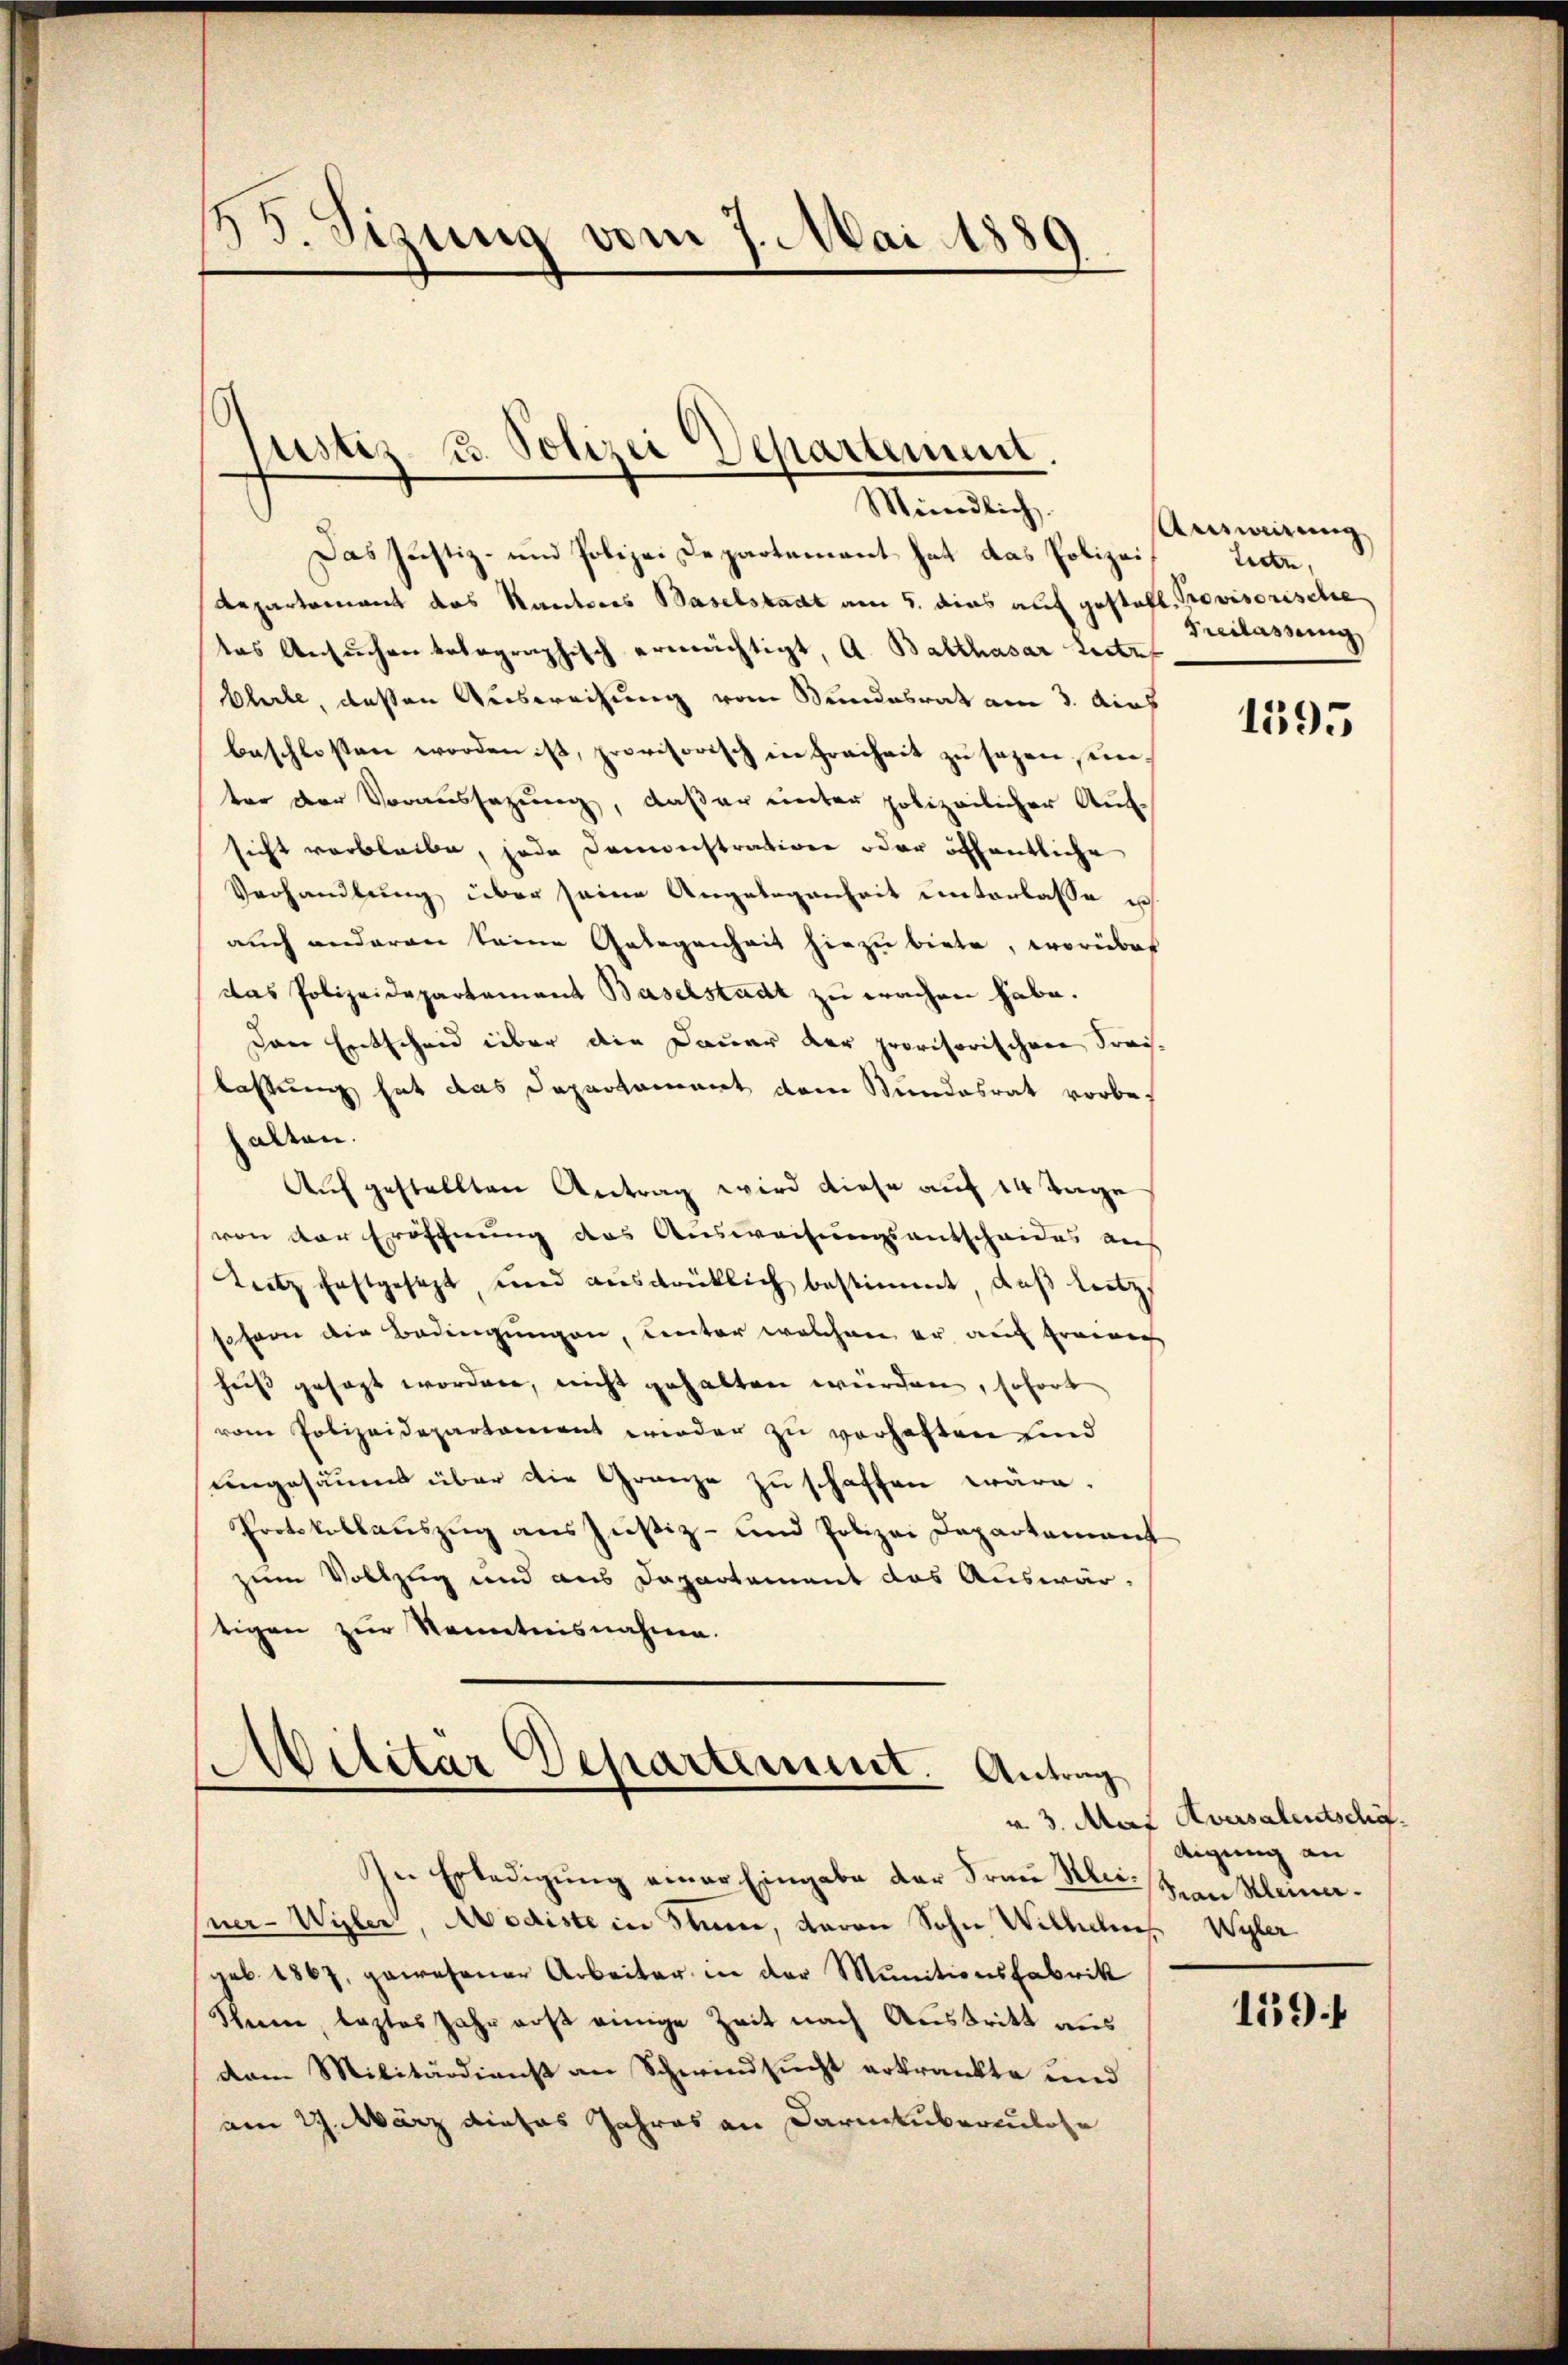
85. Sizung vom 7. Mai 1889

Justiz u. Polizei Departement.
Mündlich.

Das Justiz- und Polizei Departement hat das Polizei
Repartement das Kantores Baselstadt am 5. dies auf gestalt. Provisorische
das Ansuchen kolographisch ermächtigt, A. Balthasar Leite
Eherle, deßen Ausweisung vom Bundesrat am 3. dich
beschlossen worden ist, provisorisch in Freiheit zu sezen, unter der Voraussezung, daßer unter polizeilicher Auf-
sicht verbleibe, jede Doministratione oder öffentliche
Verhandlung über seine Angelegenheit unterlasse ich
auch anderen keine Gelegenheit hiezu biete, worüber
das Polizeidepartement Baselstadt zu wachen habe.
Den Entscheid über die Dauer der provisorischen Fraislassung hat das Departament dem Bundesrat vorbe-
halten.
Auf gestellten Antrag wird diese auf 14 Tage
von der Eröfchnung des Ausweisungsentscheides auf
Leitz festgesezt, und ausdrücklich bestimmt, daß letz
sofern die Bedingungen, Lector welchen er auf freien
hus gesagt worden, nicht gehalten würden, sofort
vom Polizeidepartament wieder zŭ verhaften sind
engesäumt über die Granze zu schaffen wäre.
Protokolauszug aus Justiz- und Polizei Departement
zum Vollzug und aus Dapartement das Auswärtigen zur Kenntnisnahme.

Militar Departement. Antrag

In Erledigung einer Eingabe der Frau Reisen Kleinaner-Wyler, Modiste in Stum, davon Sohn Wilhelm Wyler
geb. 1867, gewesener Arbeiter in der Munitionsfabrik
Schein, leztes Jahr aus einige Zeit nach Austritt aus
dem Militärdienst an Schwindsucht erkrankte und
am 29. März dieses Jahres an Darmtuberkulose

Answirung
tecte,
Breslassung

1595

v. 3. Max Aversalentschä
Aigung an

159.